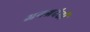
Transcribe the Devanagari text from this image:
अनग्रदंतों